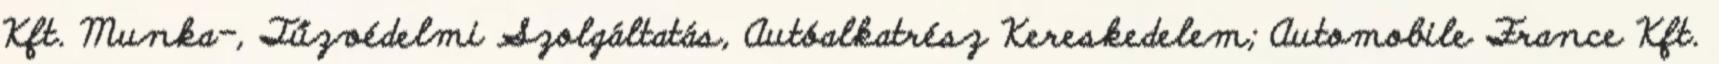
Kft. Munka-, Tűzvédelmi Szolgáltatás, Autóalkatrész Kereskedelem; Automobile France Kft.